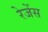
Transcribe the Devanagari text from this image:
रेजेंस